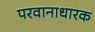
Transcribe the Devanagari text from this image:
परवानाधारक